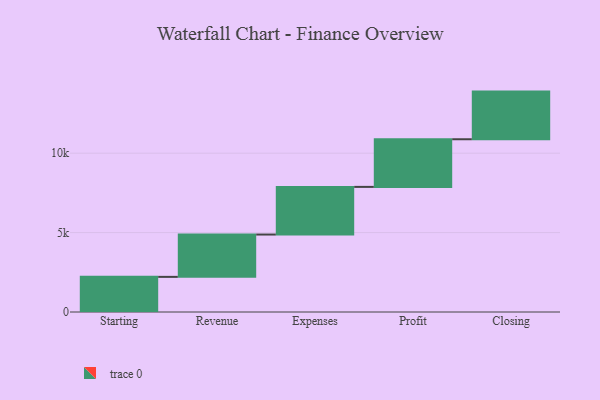
{"axis": {"x": "Step", "y": "Value"}, "legend": [""], "data": [{"x": "Starting", "y": 2212.0, "type": ""}, {"x": "Revenue", "y": 2665.0, "type": ""}, {"x": "Expenses", "y": 3000, "type": ""}, {"x": "Profit", "y": 3000, "type": ""}, {"x": "Closing", "y": 3000, "type": ""}]}